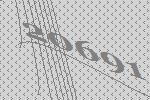
20691